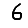
Digit: 6